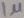
Text: 1µ